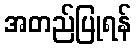
အတည်ပြုရန်